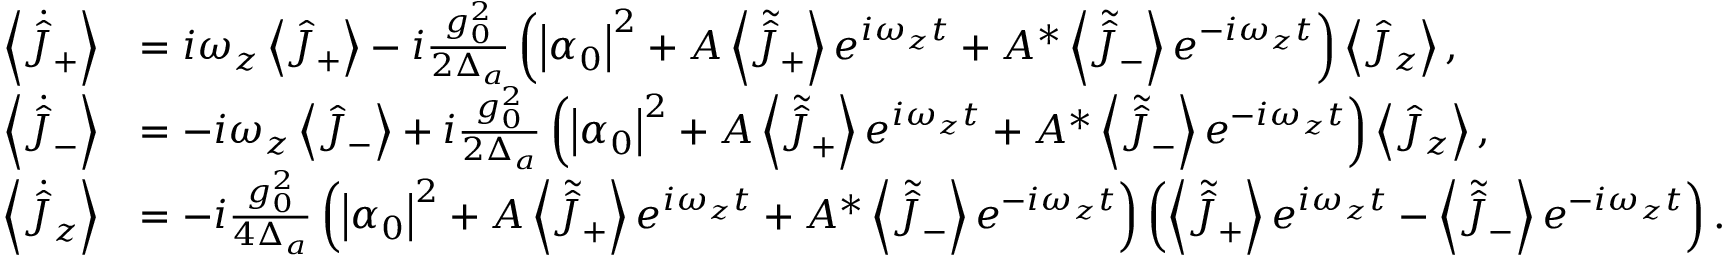
\begin{array} { r l } { \left\langle \dot { \hat { J } } _ { + } \right\rangle } & { = i \omega _ { z } \left\langle \hat { J } _ { + } \right\rangle - i \frac { g _ { 0 } ^ { 2 } } { 2 \Delta _ { a } } \left( \left| \alpha _ { 0 } \right| ^ { 2 } + A \left\langle \tilde { \hat { J } } _ { + } \right\rangle e ^ { i \omega _ { z } t } + A ^ { * } \left\langle \tilde { \hat { J } } _ { - } \right\rangle e ^ { - i \omega _ { z } t } \right) \left\langle \hat { J } _ { z } \right\rangle , } \\ { \left\langle \dot { \hat { J } } _ { - } \right\rangle } & { = - i \omega _ { z } \left\langle \hat { J } _ { - } \right\rangle + i \frac { g _ { 0 } ^ { 2 } } { 2 \Delta _ { a } } \left( \left| \alpha _ { 0 } \right| ^ { 2 } + A \left\langle \tilde { \hat { J } } _ { + } \right\rangle e ^ { i \omega _ { z } t } + A ^ { * } \left\langle \tilde { \hat { J } } _ { - } \right\rangle e ^ { - i \omega _ { z } t } \right) \left\langle \hat { J } _ { z } \right\rangle , } \\ { \left\langle \dot { \hat { J } } _ { z } \right\rangle } & { = - i \frac { g _ { 0 } ^ { 2 } } { 4 \Delta _ { a } } \left( \left| \alpha _ { 0 } \right| ^ { 2 } + A \left\langle \tilde { \hat { J } } _ { + } \right\rangle e ^ { i \omega _ { z } t } + A ^ { * } \left\langle \tilde { \hat { J } } _ { - } \right\rangle e ^ { - i \omega _ { z } t } \right) \left( \left\langle \tilde { \hat { J } } _ { + } \right\rangle e ^ { i \omega _ { z } t } - \left\langle \tilde { \hat { J } } _ { - } \right\rangle e ^ { - i \omega _ { z } t } \right) . } \end{array}